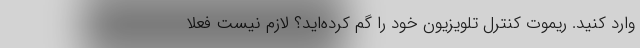
وارد کنید. ریموت کنترل تلویزیون خود را گم کرده‌اید؟ لازم نیست فعلا